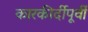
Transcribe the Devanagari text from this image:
कारकीर्दीपूर्वी